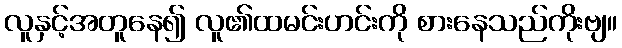
လူနှင့်အတူနေ၍ လူ၏ထမင်းဟင်းကို စားနေသည်ကိုးဗျ။